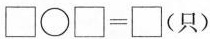
\Box \bigcirc \Box =\Box (只)